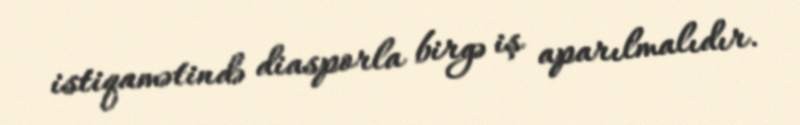
istiqamətində diasporla birgə iş aparılmalıdır.